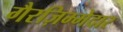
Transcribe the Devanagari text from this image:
गैरज़िम्मेदार